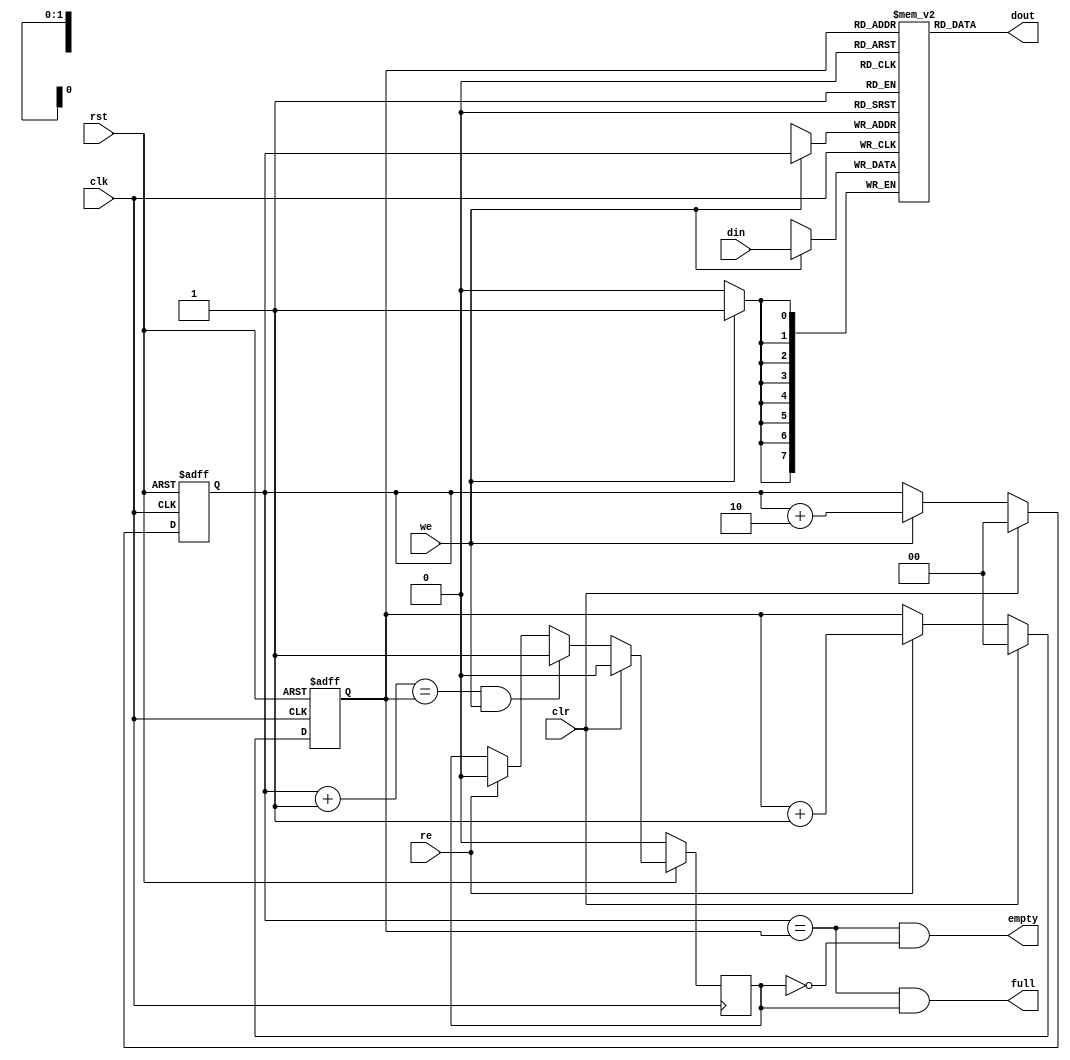
module fifo4(clk, rst, clr,  din, we, dout, re, full, empty);

parameter dw = 8;

input		clk, rst;
input		clr;
input   [dw:1]	din;
input		we;
output  [dw:1]	dout;
input		re;
output		full, empty;


////////////////////////////////////////////////////////////////////
//
// Local Wires
//

reg     [dw:1]	mem[0:3];
reg     [1:0]   wp;
reg     [1:0]   rp;
wire    [1:0]   wp_p1;
wire    [1:0]   wp_p2;
wire    [1:0]   rp_p1;
wire		full, empty;
reg		gb;


//Vennsa Insertion
   //fix the memory initialization problem
// synopsys translate_off
   integer index;
   initial begin
      for(index = 0; index < 4; index = index+1)
        mem[index] = 8'b0;
   end
// synopsys translate_on

  
////////////////////////////////////////////////////////////////////
//
// Misc Logic
//

always @(posedge clk or negedge rst)
        if(!rst)	wp <= #1 2'h0;
        else
        if(clr)		wp <= #1 2'h0;
        else
	  //bug made, original: if(we)		wp <= #1 wp_p1;
        if(we)		wp <= #1 wp_p2;
 
assign wp_p1 = wp + 2'h1;
assign wp_p2 = wp + 2'h2;

always @(posedge clk or negedge rst)
        if(!rst)	rp <= #1 2'h0;
        else
        if(clr)		rp <= #1 2'h0;
        else
        if(re)		rp <= #1 rp_p1;

assign rp_p1 = rp + 2'h1;

// Fifo Output
assign  dout = mem[ rp ];

// Fifo Input
always @(posedge clk)
        if(we)	mem[ wp ] <= #1 din;

// Status
assign empty = (wp == rp) & !gb;
assign full  = (wp == rp) &  gb;

// Guard Bit ...
always @(posedge clk)
	if(!rst)			gb <= #1 1'b0;
	else
	if(clr)				gb <= #1 1'b0;
	else
	if((wp_p1 == rp) & we)		gb <= #1 1'b1;
	else
	if(re)				gb <= #1 1'b0;
  
endmodule